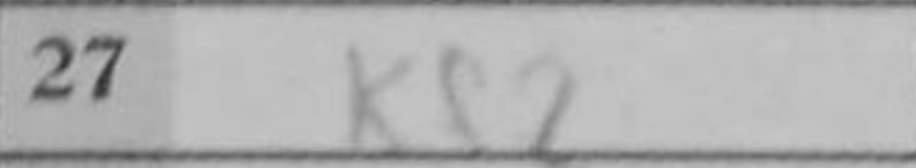
Transcription: Kf2